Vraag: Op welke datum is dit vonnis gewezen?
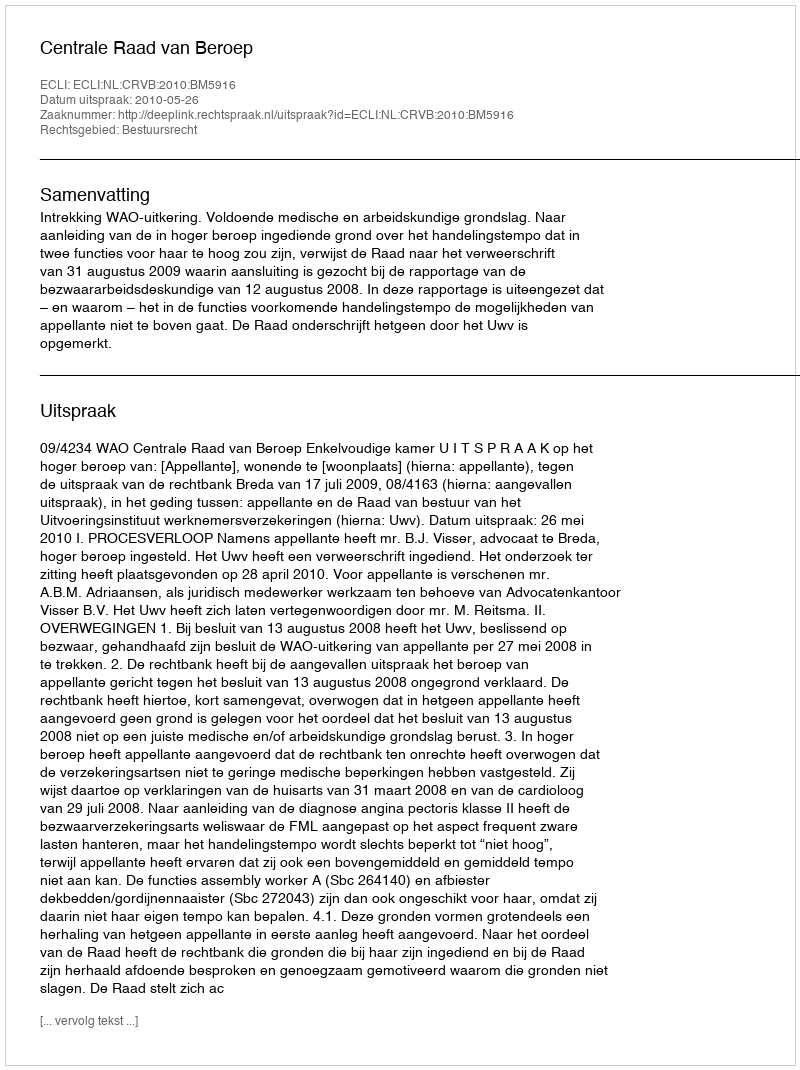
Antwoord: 2010-05-26